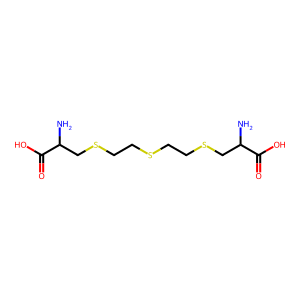
SMILES: NC(CSCCSCCSCC(N)C(=O)O)C(=O)O
Inhibits HIV replication: No